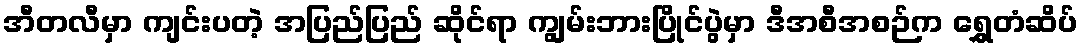
အီတလီမှာ ကျင်းပတဲ့ အပြည်ပြည် ဆိုင်ရာ ကျွမ်းဘားပြိုင်ပွဲမှာ ဒီအစီအစဉ်က ရွှေတံဆိပ်